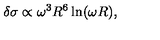
\delta \sigma \propto \omega ^ { 3 } R ^ { 6 } \ln ( \omega R ) ,